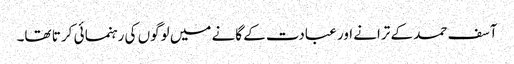
آسف حمد کے ترانے اور عبادت کے گانے میں لوگوں کی رہنما ئی کر تا تھا۔